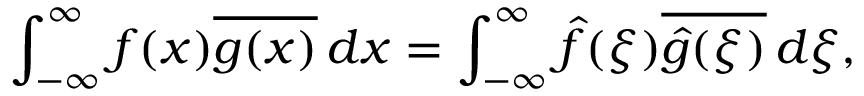
\int _ { - \infty } ^ { \infty } f ( x ) { \overline { { g ( x ) } } } \, d x = \int _ { - \infty } ^ { \infty } { \hat { f } } ( \xi ) { \overline { { { \hat { g } } ( \xi ) } } } \, d \xi ,